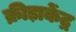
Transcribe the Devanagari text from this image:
क्रीड़ाकेंद्र